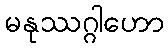
မနုဿဂ္ဂါဟော